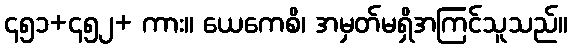
၄၅၁+၄၅၂+ ကား။ ယေကေစိ၊ အမှတ်မရှိအကြင်သူသည်။